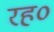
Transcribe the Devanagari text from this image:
रह०